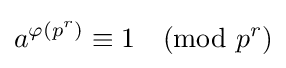
a^{\varphi (p^{r})}\equiv 1{\pmod {p^{r}}}